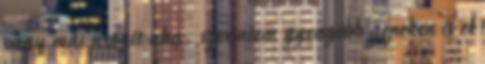
vagy más progit aha. szerintem gyengébb gépeken is el